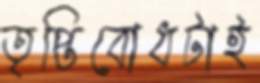
তৃপ্তিবোধটাই